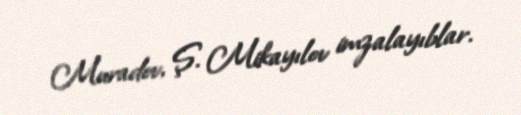
Muradov, Ş. Mikayılov imzalayıblar.